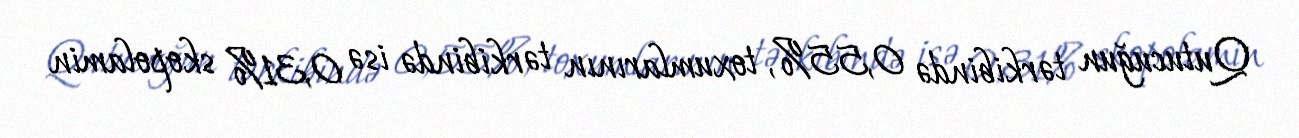
Qutucuğun tərkibində 0,55%, toxumlarının tərkibində isə 0,31% skopolamin